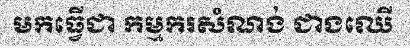
មកធ្វើជា កម្មករសំណង់ ជាងឈើ